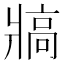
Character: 𰠖